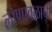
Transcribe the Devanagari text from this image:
लोणावळाची